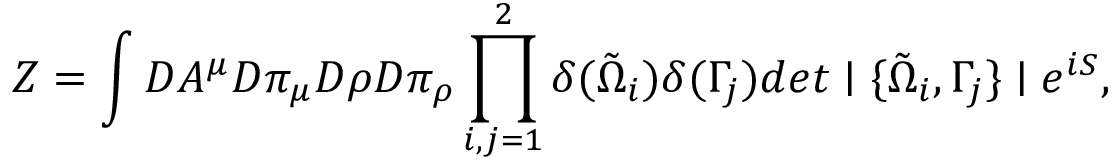
Z = \int { \cal D } A ^ { \mu } { \cal D } \pi _ { \mu } { \cal D } \rho { \cal D } \pi _ { \rho } \prod _ { i , j = 1 } ^ { 2 } \delta ( \tilde { \Omega } _ { i } ) \delta ( \Gamma _ { j } ) d e t \mid \{ \tilde { \Omega } _ { i } , \Gamma _ { j } \} \mid e ^ { i S } ,